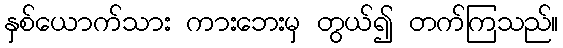
နှစ်ယောက်သား ကားဘေးမှ တွယ်၍ တက်ကြသည်။